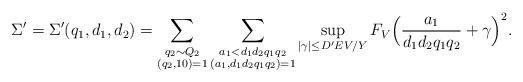
LaTeX: \begin{align*}\Sigma'=\Sigma'(q_1,d_1,d_2)=\sum_{\substack{q_2\sim Q_2\\ (q_2,10)=1}}\sum_{\substack{a_1< d_1d_2q_1q_2\\ (a_1,d_1d_2q_1q_2)=1}}\sup_{|\gamma|\le D' E V/Y}F_{V}\Bigl(\frac{a_1}{d_1d_2q_1q_2}+\gamma\Bigr)^2.\end{align*}